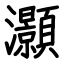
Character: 灝